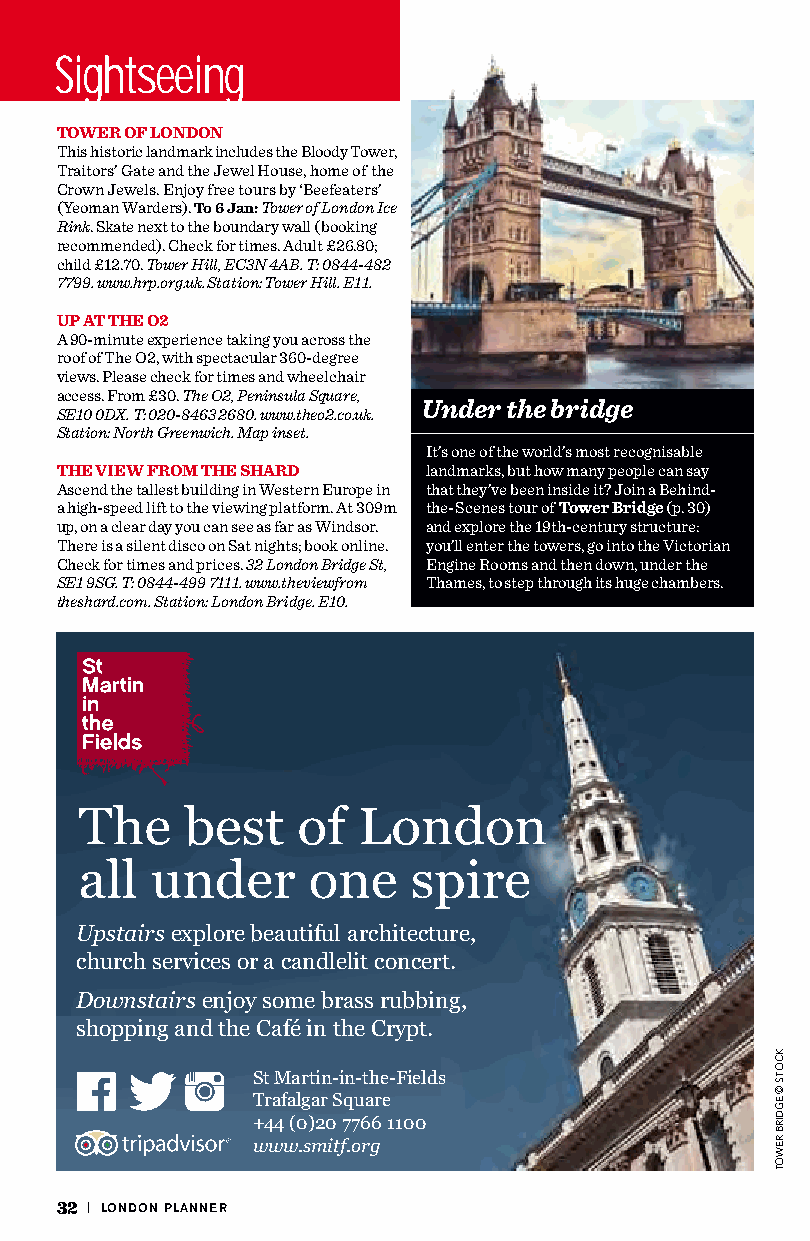
Sightseeing
 TOWER OF LONDON
 This historic landmark includes the Bloody Tower,
 Traitors’ Gate and the Jewel House, home of the
 Crown Jewels. Enjoy free tours by ‘Beefeaters’
 (Yeoman Warders). To 6 Jan: Tower of London Ice
 Rink. Skate next to the boundary wall (booking
 recommended). Check for times. Adult £26.80;
 child £12.70. Tower Hill, EC3N 4AB. T: 0844-482
 7799. www.hrp.org.uk. Station: Tower Hill. E11.
 UP AT THE O2
 A 90-minute experience taking you across the
 roof of The O2, with spectacular 360-degree
 views. Please check for times and wheelchair
 access. From £30. The O2, Peninsula Square,
 Under the bridge
 SE10 0DX. T: 020-8463 2680. www.theo2.co.uk.
 Station: North Greenwich. Map inset.
 It’s one of the world’s most recognisable
 THE VIEW FROM THE SHARD landmarks, but how many people can say
 Ascend the tallest building in Western Europe in that they’ve been inside it? Join a Behind-
 a high-speed lift to the viewing platform. At 309m the-Scenes tour of Tower Bridge (p. 30)
 up, on a clear day you can see as far as Windsor. and explore the 19th-century structure:
 There is a silent disco on Sat nights; book online. you’ll enter the towers, go into the Victorian
 Check for times and prices. 32 London Bridge St, Engine Rooms and then down, under the
 SE1 9SG. T: 0844-499 7111. www.theviewfrom Thames, to step through its huge chambers.
 theshard.com. Station: London Bridge. E10.
 The    best    of  London
 all  under     one    spire
 Upstairsexplore beautiful architecture,
 church services or a candlelit concert.
 Downstairsenjoy some brass rubbing,
 shopping and the Café in the Crypt.
 St Martin-in-the-Fields
 Trafalgar Square
 +44 (0)20 7766 1100
 www.smitf.org
 32 | LONDON PLANNER
 KCOTS
 ©
 EGDIRB
 REWOT